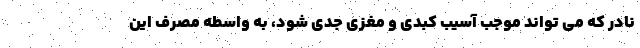
نادر که می تواند موجب آسیب کبدی و مغزی جدی شود، به واسطه مصرف این